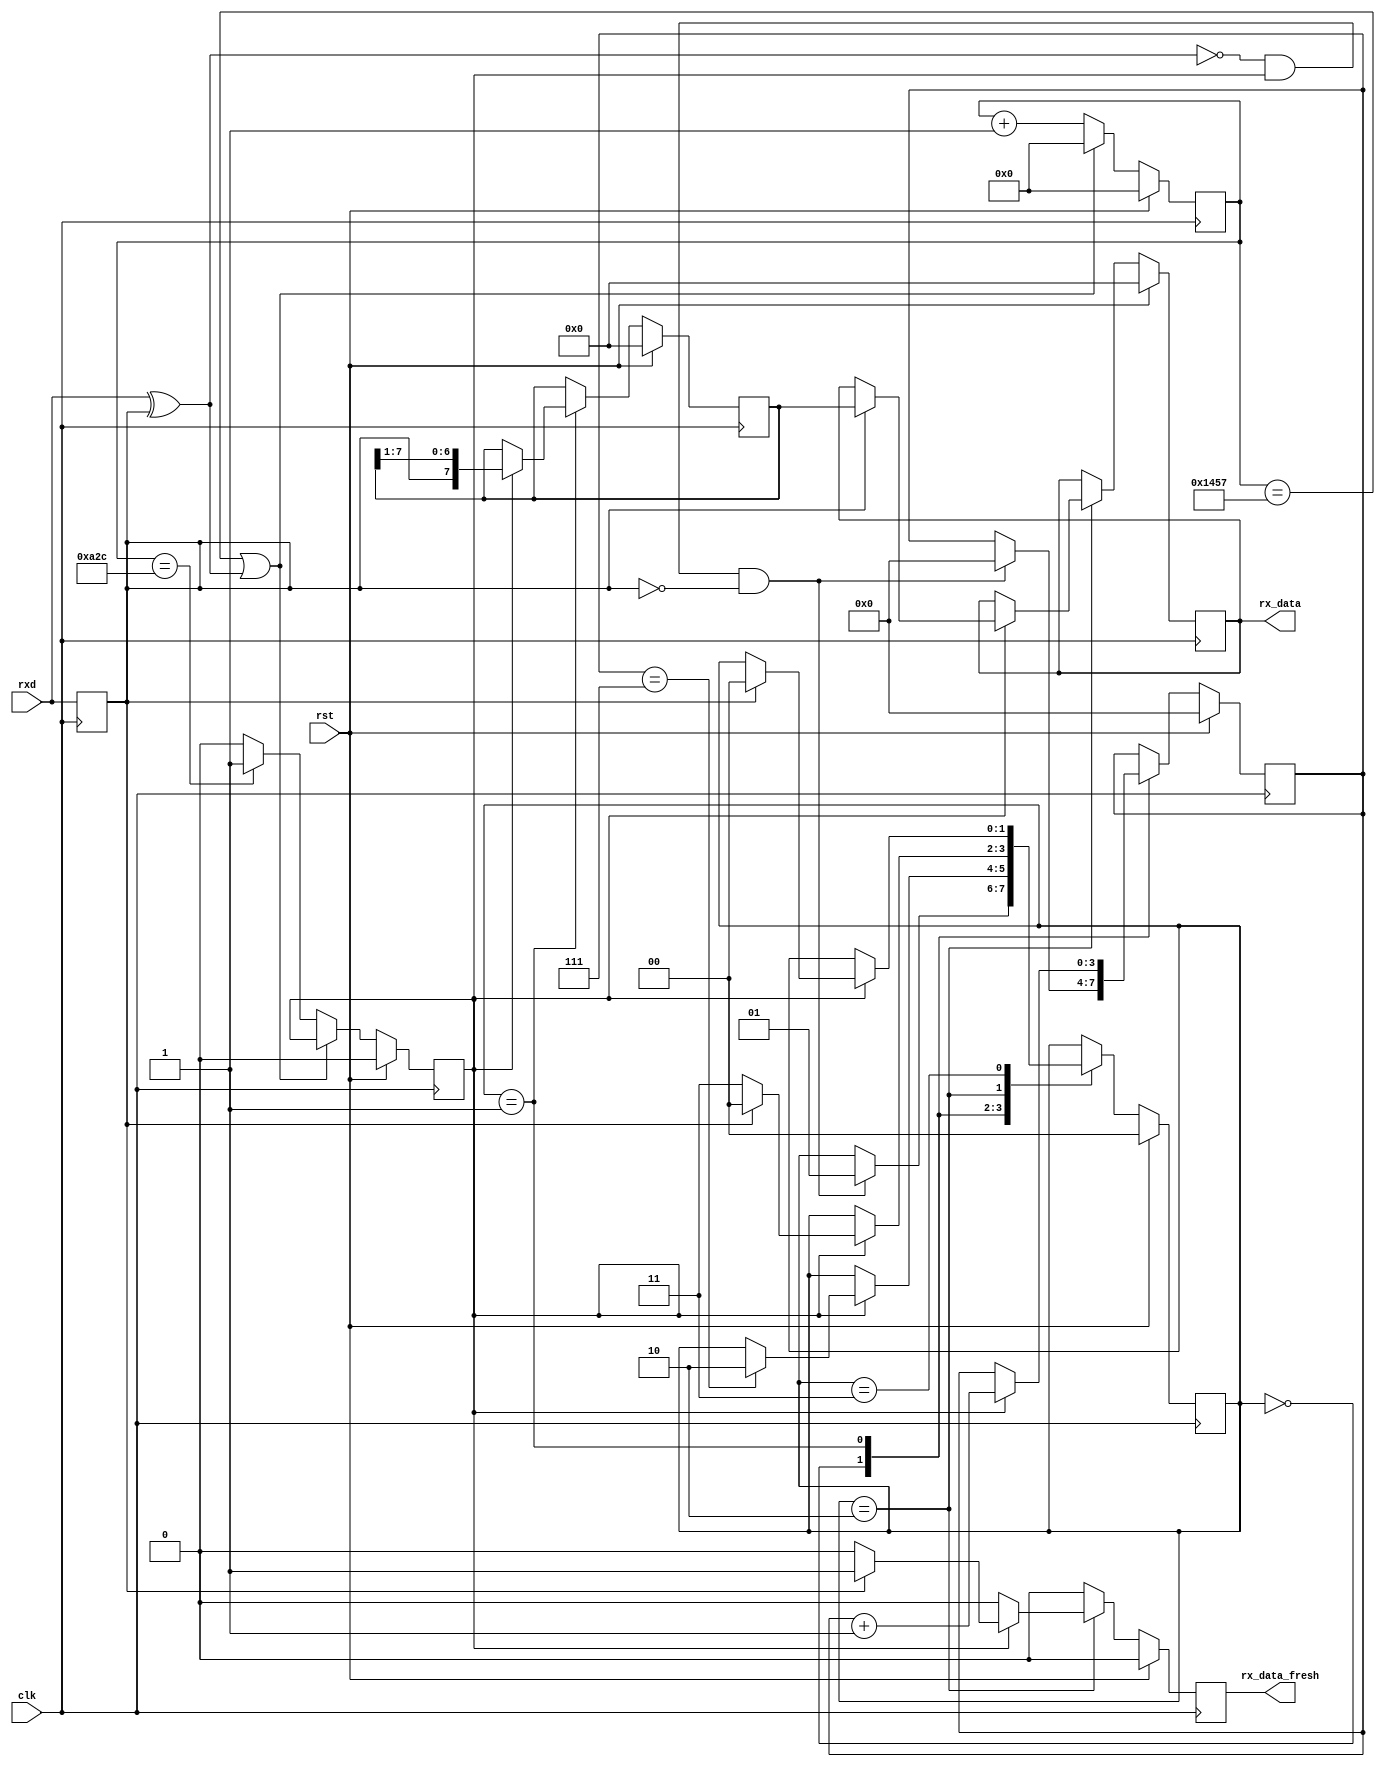
module uart_rx (clk,rst,rx_data,rx_data_fresh,rxd);
  
input clk, rst, rxd;
output [7:0] rx_data;
output rx_data_fresh;

parameter CLK_HZ = 50_000_000;
parameter BAUD = 9600;
parameter BAUD_DIVISOR = CLK_HZ / BAUD;

reg [15:0] sample_cntr;
reg [7:0] rx_shift;
reg sample_now;
reg [7:0] rx_data;
reg rx_data_fresh;

reg last_rxd;
always @(posedge clk) begin
	last_rxd <= rxd;
end
wire slew = rxd ^ last_rxd;

always @(posedge clk) begin
	if (rst) begin
		sample_cntr <= 0;
		sample_now <= 1'b0;
	end
	else if (sample_cntr == (BAUD_DIVISOR-1) || slew) begin
		sample_cntr <= 0;
	end
	else if (sample_cntr == (BAUD_DIVISOR/2)) begin
		sample_now <= 1'b1;
		sample_cntr <= sample_cntr + 1'b1;
	end
	else begin
		sample_now <= 1'b0;
		sample_cntr <= sample_cntr + 1'b1;
	end
end

reg [1:0] state;
reg [3:0] held_bits;
parameter WAITING = 2'b00, READING = 2'b01, STOP = 2'b10, RECOVER = 2'b11;

always @(posedge clk) begin
	if (rst) begin
		state <= WAITING;
		held_bits <= 0;
		rx_shift <= 0;
		rx_data_fresh <= 1'b0;
		rx_data <= 0;
	end
	else begin
		rx_data_fresh <= 1'b0;
		case (state) 
			WAITING : begin
				// wait for a start bit (0)
				if (!slew & sample_now && !last_rxd) begin
					state <= READING;
					held_bits <= 0;
				end
			end
			READING : begin
				// gather data bits
				if (sample_now) begin
					rx_shift <= {last_rxd,rx_shift[7:1]};
					held_bits <= held_bits + 1'b1;
					if (held_bits == 4'h7) state <= STOP;
				end
			end
			STOP : begin
				// verify stop bit (1)
				if (sample_now) begin
					if (last_rxd) begin
						rx_data <= rx_shift;
						rx_data_fresh <= 1'b1;
						state <= WAITING;
					end
					else begin
						// there was a framing error -
						// discard the byte and work on resync
						state <= RECOVER;
					end
				end					
			end
			RECOVER : begin
				// wait for an idle (1) then resume
				if (sample_now) begin
					if (last_rxd) state <= WAITING;
				end				
			end
		endcase
	end
end

endmodule